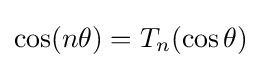
\cos(n\theta )=T_{n}(\cos \theta )